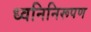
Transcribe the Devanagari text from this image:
ध्वनिनिरूपण